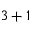
3 + 1